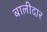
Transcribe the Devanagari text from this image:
बालीदार